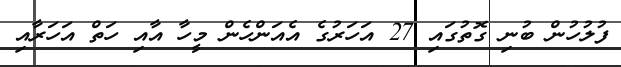
ފުލުހުން ބުނި ގޮތުގައި 27 އަހަރުގެ އެއަންހެން މީހާ އާއި ހަތް އަހަރާއި